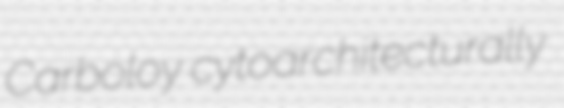
Carboloy cytoarchitecturally